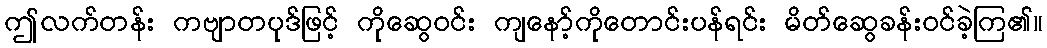
ဤလက်တန်း ကဗျာတပုဒ်ဖြင့် ကိုဆွေဝင်း ကျနော့်ကိုတောင်းပန်ရင်း မိတ်ဆွေခန်းဝင်ခဲ့ကြ၏။